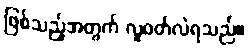
ဖြစ်သည့်အတွက် လူဝတ်လဲရသည်။